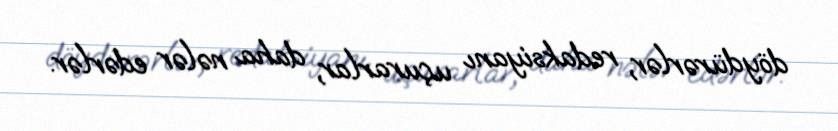
döydürərlər, redaksiyanı uçurarlar, daha nələr edərlər.